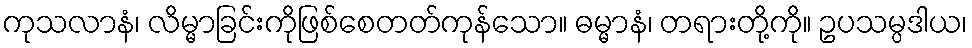
ကုသလာနံ၊ လိမ္မာခြင်းကိုဖြစ်စေတတ်ကုန်သော။ ဓမ္မာနံ၊ တရားတို့ကို။ ဥပသမ္ပဒါယ၊